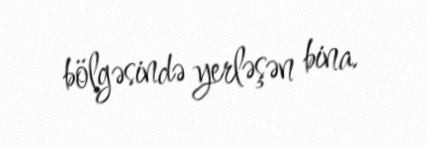
bölgəsində yerləşən bina.